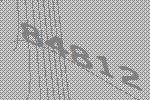
84812